Annual report on the mental hospital in the Central Provinces and Berar (Nagpur) - 1927-1951
Year: 1927
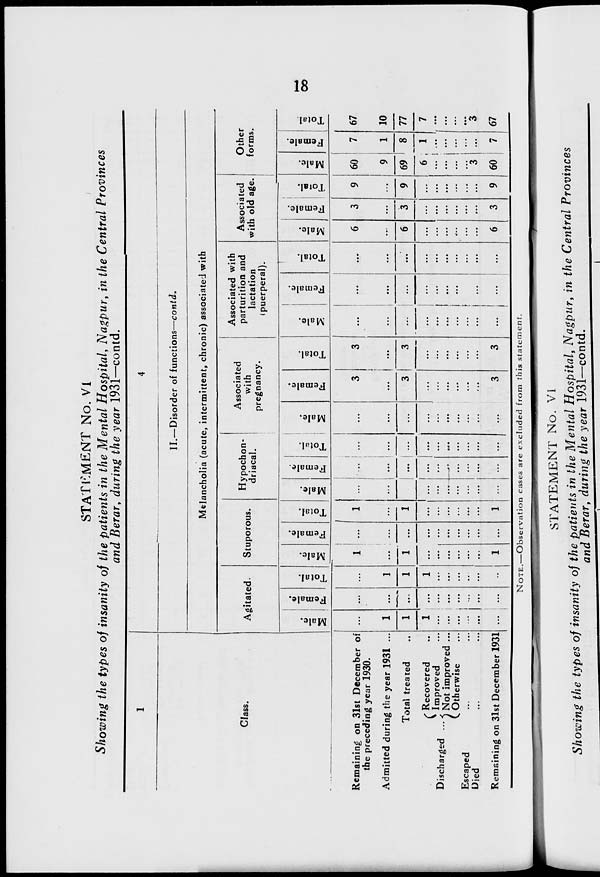
18
STATEMENT No. VI
Showing the types of insanity of the patients in the Mental Hospital, Nagpur, in the Central Provinces
and Berar, during the year 1931—contd.
1
Class.
Remaining on 31st December of
the preceding year 1930.
Admitted during the year 1931 ...
Total treated ...
Discharged ...
Recovered ...
Improved ...
Not improved ...
Otherwise ...
Escaped ... ...
Died ... ...
Remaining on 31st December 1931
4
II.—Disorder of functions—contd.
Melancholia (acute, intermittent, chronic) associated with
Agitated.
Male.
...
1
1
1
...
...
...
...
...
...
Female.
...
...
...
...
...
...
...
...
...
...
Total.
...
1
1
1
...
...
...
...
...
...
Stuporous.
Male.
1
...
1
...
...
...
...
...
...
1
Female.
...
...
...
...
...
...
...
...
...
...
Total.
1
...
1
...
...
...
...
...
...
1
Hypochon-
driacal.
Male.
...
...
...
...
...
...
...
...
...
...
Female.
...
...
...
...
...
...
...
...
...
...
Total.
...
...
...
...
...
...
...
...
...
...
Associated
with
pregnancy.
Male.
...
...
...
...
...
...
...
...
...
...
Female.
3
...
3
...
...
...
...
...
...
3
Total.
3
...
3
...
...
...
...
...
...
3
Associated with
parturition and
lactation
(puerperal).
Male.
...
...
...
...
...
...
...
...
...
...
Female.
...
...
...
...
...
...
...
...
...
...
Total.
...
...
...
...
...
...
...
...
...
...
Associated
with old age.
Male.
6
...
6
...
...
...
...
...
...
6
Female.
3
...
3
...
...
...
...
...
...
3
Total.
9
...
9
...
...
...
...
...
...
9
Other
forms.
Male.
60
9
69
6
...
...
...
...
3
60
Female.
7
1
8
1
...
...
...
...
...
7
Total.
67
10
77
7
...
...
...
...
3
67
NOTE.—Observation cases are excluded from this statement.